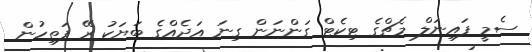
ސެމީ ފައިނަލް މެޗްގެ ޓިކެޓް ގަންނަން ގިނަ އަަދެއްގެ ބަޔަކު ރޭ ފަތިހުން